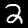
Label: 2